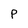
Character: p